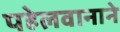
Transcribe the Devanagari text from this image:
पहेलवानाने